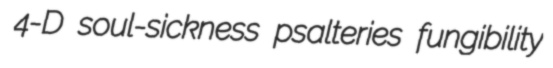
4-D soul-sickness psalteries fungibility